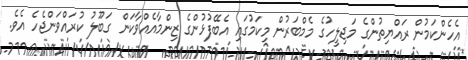
އެހެންކަމުން ރައްޔިތުންގެ މަޖިލީހުގެ މެމްބަރުން މިކަމުގައި އެބޭފުޅުންގެ ޒިންމާއެއްވާކަން ގަބޫލު ކުރައްވަންޖެހެ އެވެ.